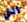
التي